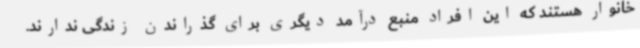
خانوار هستند که این افراد منبع درآمد دیگری برای گذراندن زندگی ندارند.